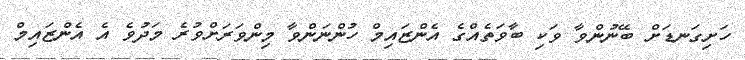
ހަށިގަނޑަށް ބޭނުންވާ ވަކި ބާވަތެއްގެ އެންޒައިމް ހުންނަންވާ މިންވަރަށްވުރެ މަދުވެ އެ އެންޒައިމް